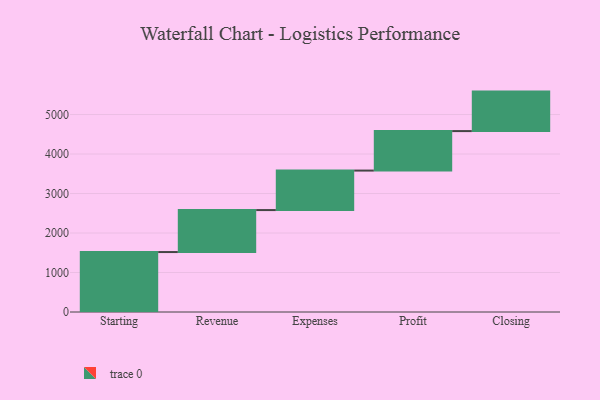
{"axis": {"x": "Step", "y": "Value"}, "legend": [""], "data": [{"x": "Starting", "y": 1518.0, "type": ""}, {"x": "Revenue", "y": 1063.0, "type": ""}, {"x": "Expenses", "y": 1000, "type": ""}, {"x": "Profit", "y": 1000, "type": ""}, {"x": "Closing", "y": 1000, "type": ""}]}